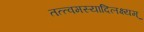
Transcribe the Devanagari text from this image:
तत्त्वमस्यादिलक्ष्यम्